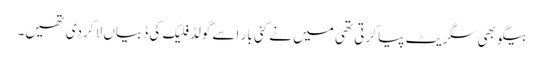
بیگو بھی سگریٹ پیا کرتی تھی میں نے کئی بار اسے گولڈ فلیک کی ڈبیاں لا کردی تھیں۔